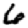
Digit: 6